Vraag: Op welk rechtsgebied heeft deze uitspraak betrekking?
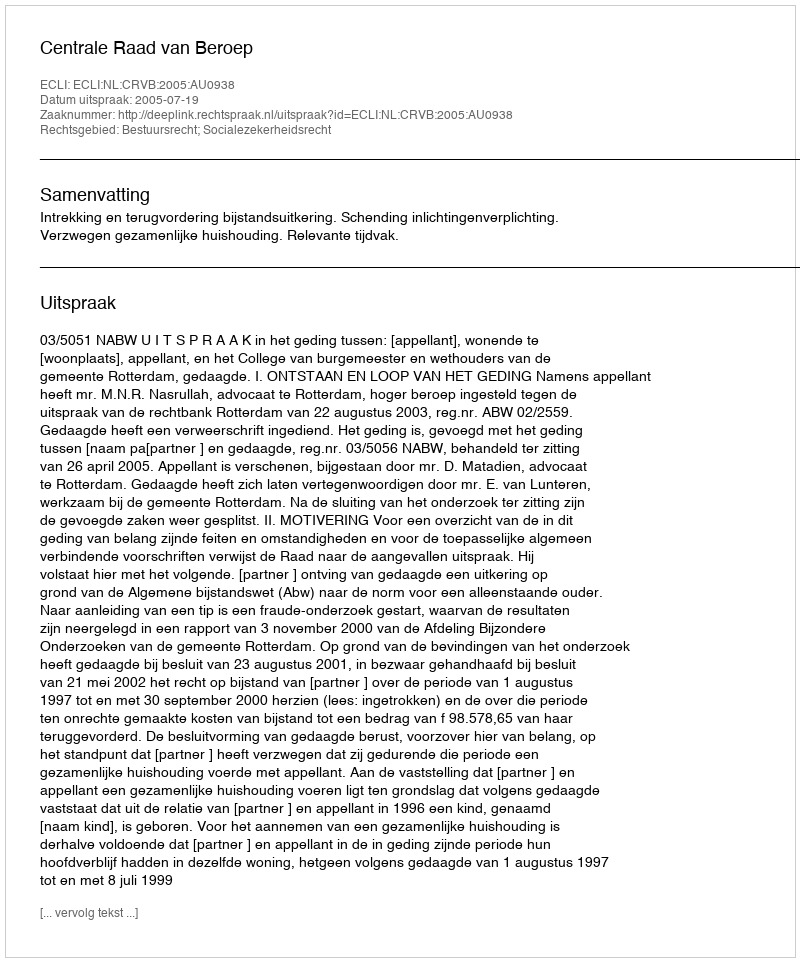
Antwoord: Bestuursrecht; Socialezekerheidsrecht